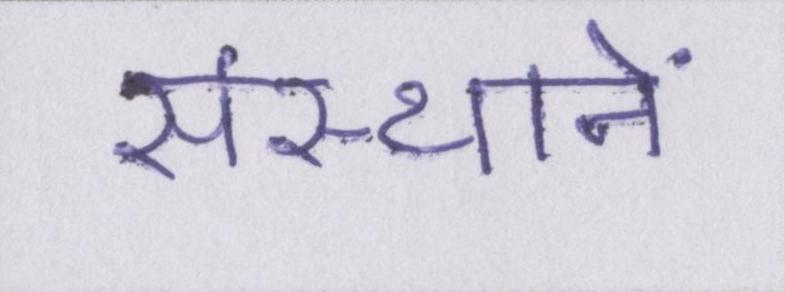
संस्थानें